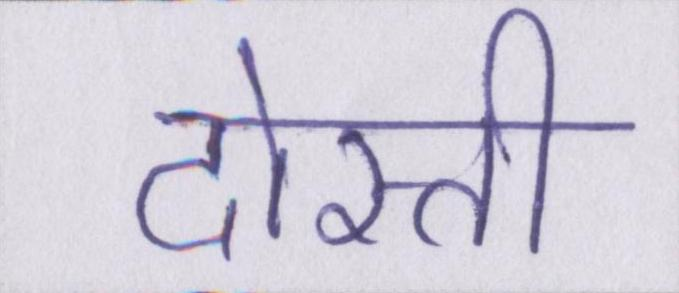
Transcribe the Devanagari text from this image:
दोस्ती